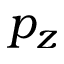
p _ { z }